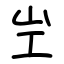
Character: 㞬